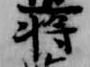
将